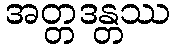
အတ္တဒန္တဿ